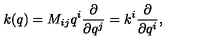
k ( q ) = M _ { i j } q ^ { i } { \frac { \partial } { \partial q ^ { j } } } = k ^ { i } { \frac { \partial } { \partial q ^ { i } } } ,